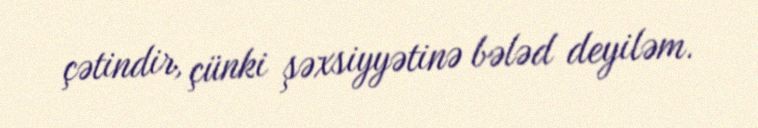
çətindir, çünki şəxsiyyətinə bələd deyiləm.